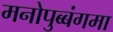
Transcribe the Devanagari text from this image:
मनोपुब्बंगमा